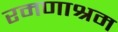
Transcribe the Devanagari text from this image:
रमणाश्रम